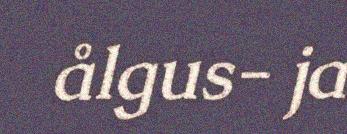
ålgus- ja